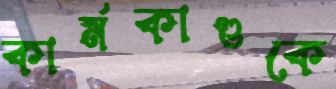
কার্মকাণ্ডকে